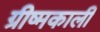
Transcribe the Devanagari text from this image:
ग्रीष्मकाली